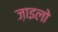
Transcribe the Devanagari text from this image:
ज़ाइलो